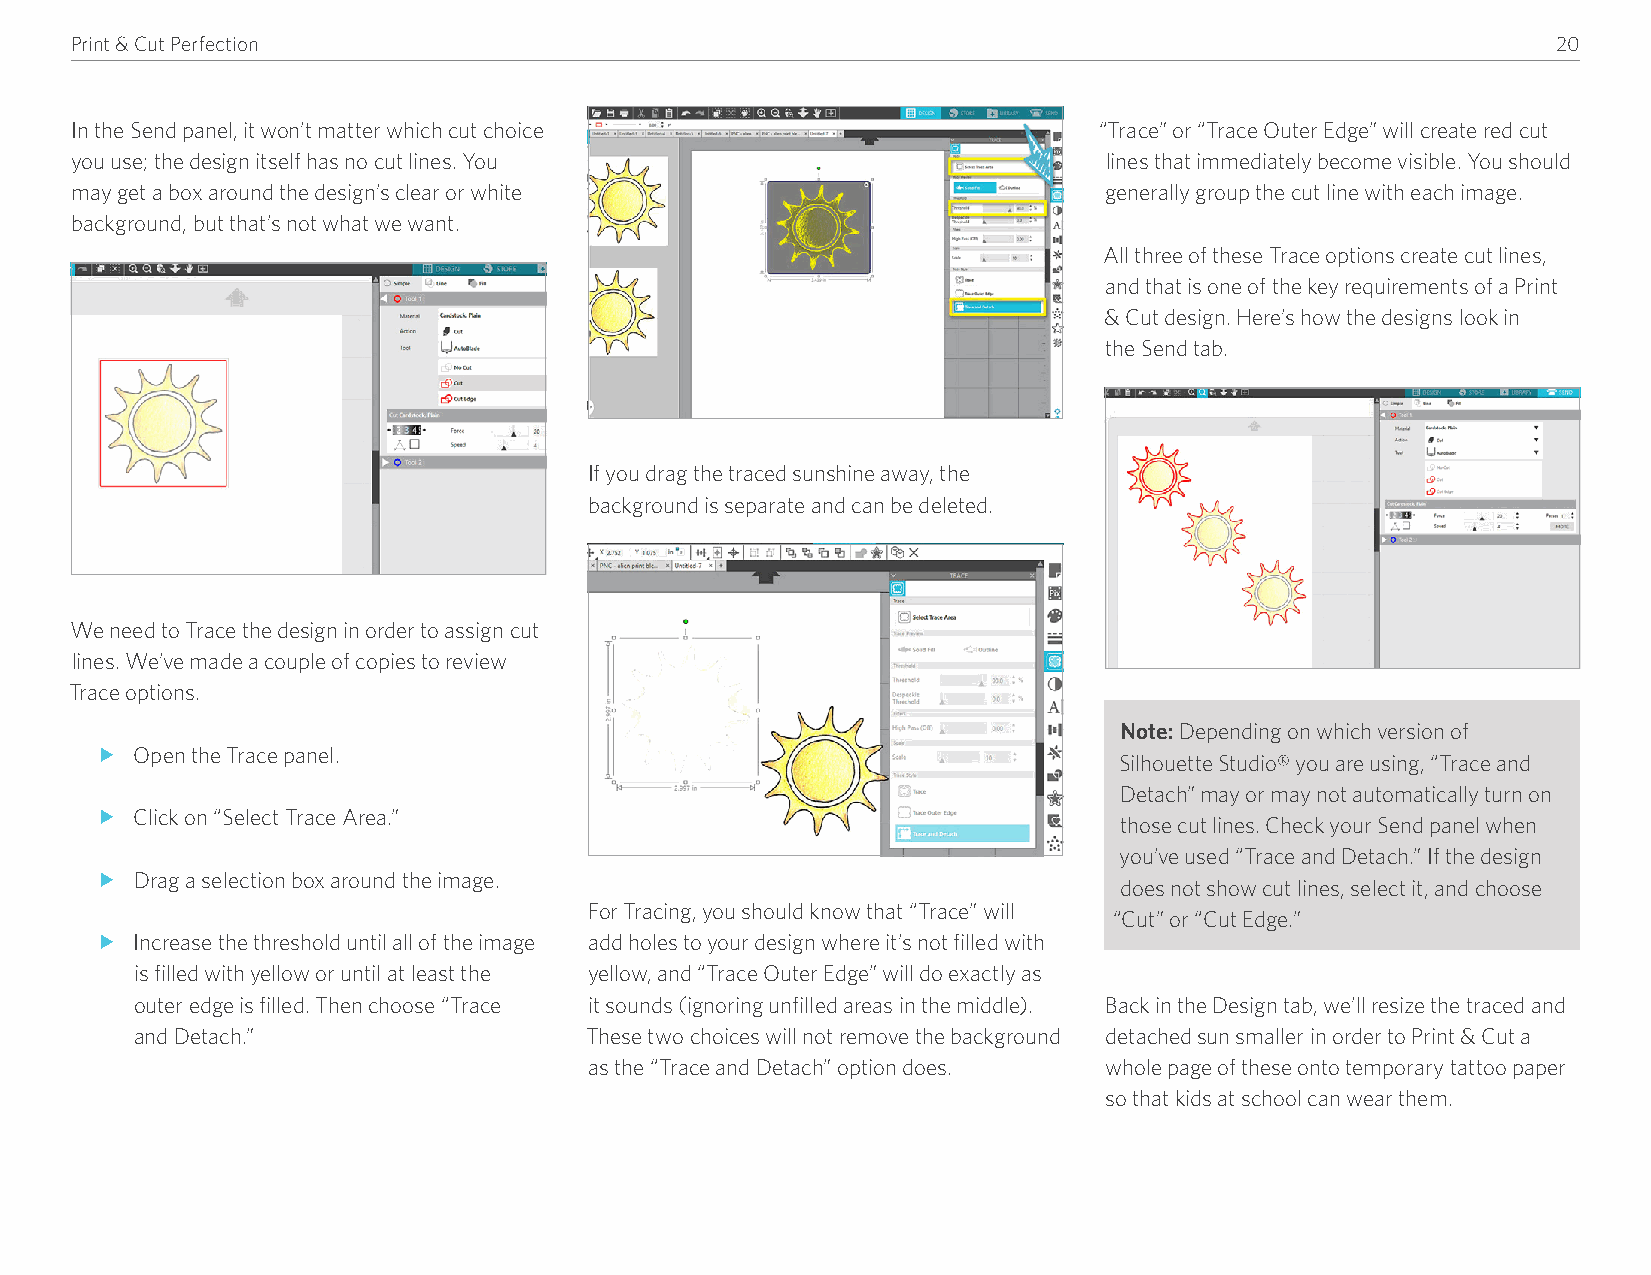
Print & Cut Perfection                                                                            20
 In the Send panel, it won’t matter which cut choice                 “Trace” or “Trace Outer Edge” will create red cut
 you use; the design itself has no cut lines� You                    lines that immediately become visible� You should
 may get a box around the design’s clear or white                    generally group the cut line with each image�
 background, but that’s not what we want�
 All three of these Trace options create cut lines,
 and that is one of the key requirements of a Print
 & Cut design� Here’s how the designs look in
 the Send tab�
 If you drag the traced sunshine away, the
 background is separate and can be deleted�
 We need to Trace the design in order to assign cut
 lines� We’ve made a couple of copies to review
 Trace options�
 Note: Depending on which version of
 f  Open the Trace panel�
 Silhouette Studio® you are using, “Trace and
 Detach” may or may not automatically turn on
 f  Click on “Select Trace Area�”
 those cut lines� Check your Send panel when
 you’ve used “Trace and Detach�” If the design
 f  Drag a selection box around the image�
 does not show cut lines, select it, and choose
 For Tracing, you should know that “Trace” will
 “Cut” or “Cut Edge�”
 f  Increase the threshold until all of the image add holes to your design where it’s not filled with
 is filled with yellow or until at least the yellow, and “Trace Outer Edge” will do exactly as
 outer edge is filled� Then choose “Trace it sounds (ignoring unfilled areas in the middle)� Back in the Design tab, we’ll resize the traced and
 and Detach�”                  These two choices will not remove the background detached sun smaller in order to Print & Cut a
 as the “Trace and Detach” option does� whole page of these onto temporary tattoo paper
 so that kids at school can wear them�